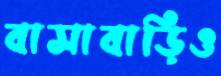
বাসাবাড়িও